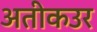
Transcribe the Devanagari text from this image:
अतीकउर